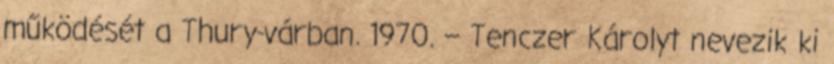
működését a Thury-várban. 1970. – Tenczer Károlyt nevezik ki